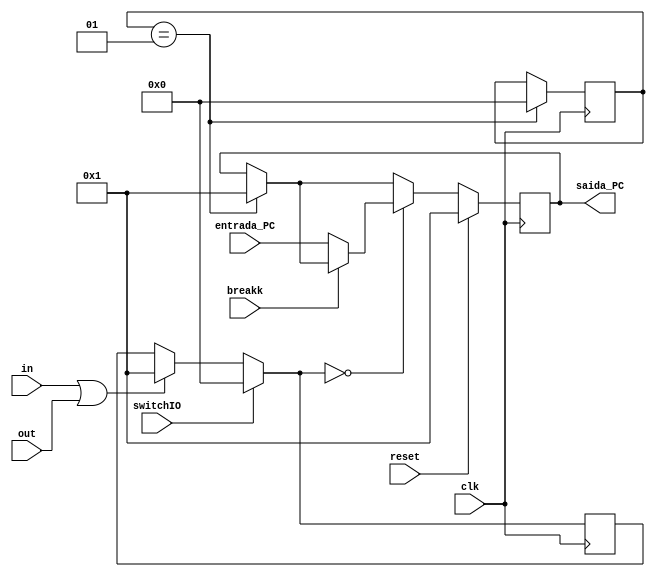
module Program_counter (breakk, entrada_PC, saida_PC, clk, reset, in, out, switchIO);

	input breakk, clk, reset, in, out;
	input switchIO;
	input [31:0] entrada_PC;

	output reg [31:0] saida_PC;
	
	integer inicio = 1;
	integer paradaIO = 0;
	
	
	always @(negedge clk)
	begin
		if(inicio == 1)
			begin
			saida_PC = 1;
			inicio = 0;
			end
			
		if (in | out) paradaIO = 1;
		
		if (switchIO) paradaIO = 0;
	
		if (paradaIO == 0)
			begin
			if(breakk == 0)	saida_PC = entrada_PC;
			end
			
		if(reset) saida_PC = 1;
	end

endmodule